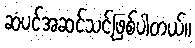
ဆံပင်အဆင်သင့်ဖြစ်ပါတယ်။